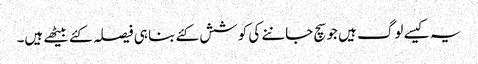
یہ کیسے لوگ ہیں جو سچ جاننے کی کوشش کئے بنا ہی فیصلہ کئے بیٹھے ہیں۔